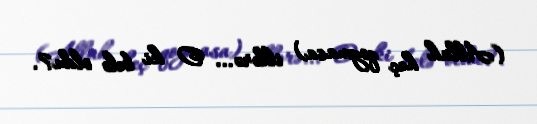
(Allah heç qoymasa) illərə... O ki belə oldu?.